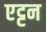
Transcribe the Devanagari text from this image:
एट्टन